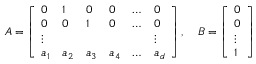
A = \left[ \begin{array} { l l l l l l } { 0 } & { 1 } & { 0 } & { 0 } & { \ldots } & { 0 } \\ { 0 } & { 0 } & { 1 } & { 0 } & { \ldots } & { 0 } \\ { \vdots } & & & & & { \vdots } \\ { a _ { 1 } } & { a _ { 2 } } & { a _ { 3 } } & { a _ { 4 } } & { \ldots } & { a _ { d } } \end{array} \right] , \quad B = \left[ \begin{array} { l } { 0 } \\ { 0 } \\ { \vdots } \\ { 1 } \end{array} \right]